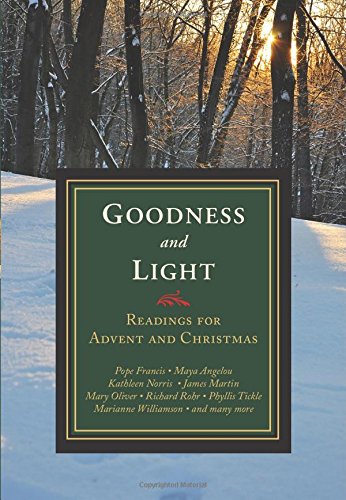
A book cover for Goodness and Light: Readings for Advent and Christmas; Christian Books & Bibles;